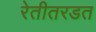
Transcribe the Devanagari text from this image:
रेतीतरडत